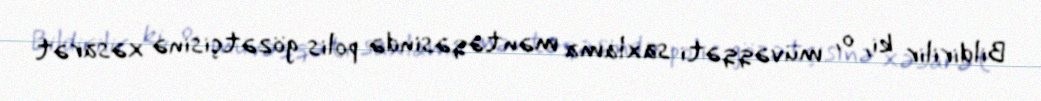
Bildirilir ki, o, müvəqqəti saxlama məntəqəsində polis gözətçisinə xəsarət